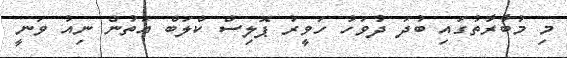
މި މުބާރާތުގައި ބުދަ ދުވަހު ހަވީރު ޕޮލިސް ކްލަބް އަތުން ނިއު ވަނީ